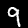
Label: 9